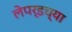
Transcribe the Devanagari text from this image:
लेपर्डच्या